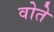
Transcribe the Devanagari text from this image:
वोते